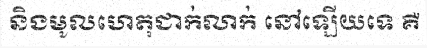
និងមូលហេតុជាក់លាក់ នៅឡើយទេ គឺ